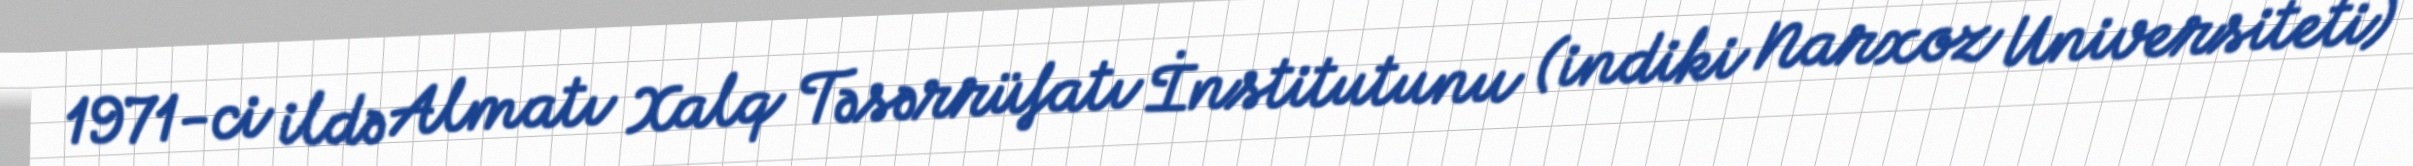
1971-ci ildə Almatı Xalq Təsərrüfatı İnstitutunu (indiki Narxoz Universiteti)